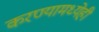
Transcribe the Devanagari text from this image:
करण्यामध्येही